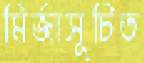
মির্জাসূচিত